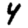
Digit: 4